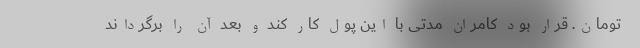
تومان. قرار بود کامران مدتی با این پول کار کند و بعد آن را برگرداند